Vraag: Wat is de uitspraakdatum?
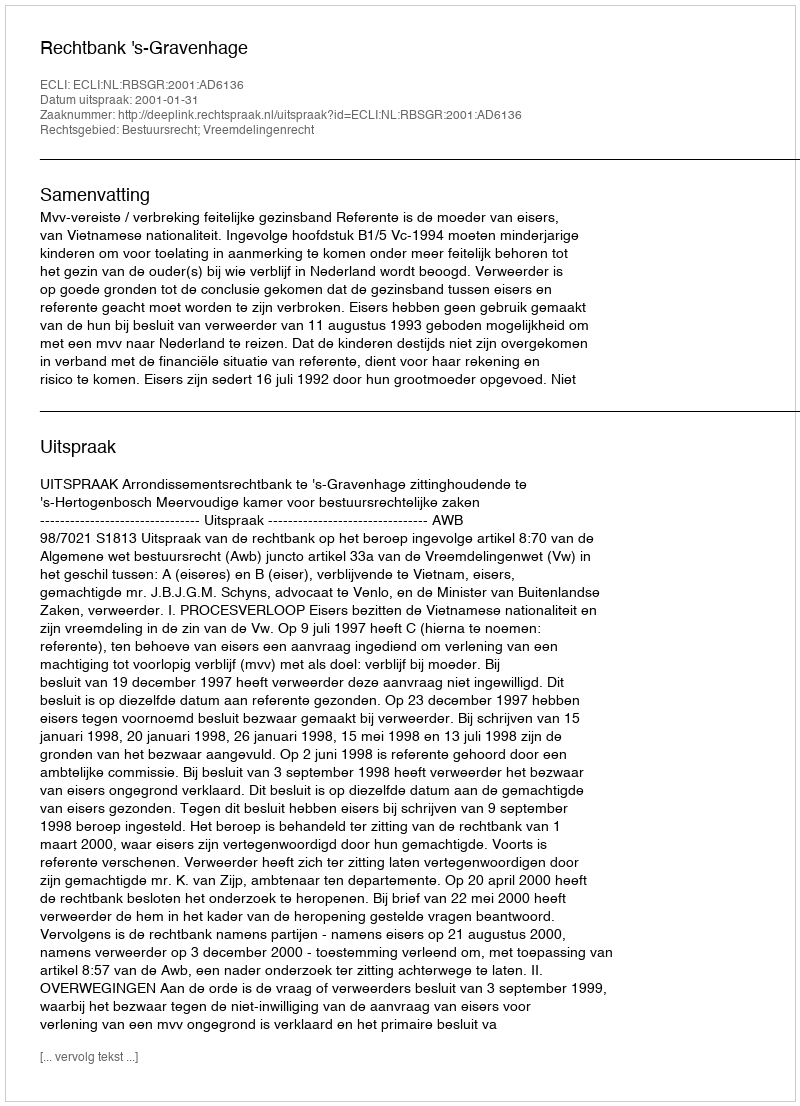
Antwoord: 2001-01-31